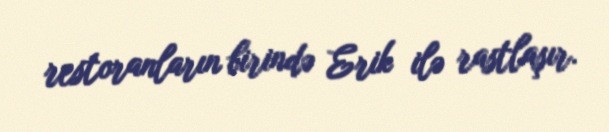
restoranların birində Erik ilə rastlaşır.